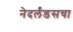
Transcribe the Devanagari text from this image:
नेदर्लंडसचा